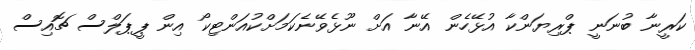
ކަރީނާ ބުނަނީ ޕްރިޔަންކާ އުޅޭހެން އޭނާ އަށް ނޫޅެވޭނެކަމަށްކުއަންޓިކޯ އިން ޕީޕަލްސް ޗޮއިސް